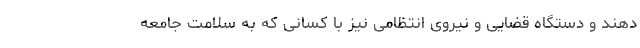
دهند و دستگاه قضایی و نیروی انتظامی نیز با کسانی که به سلامت جامعه